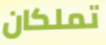
تملكان